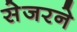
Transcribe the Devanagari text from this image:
सेजरने